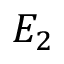
E _ { 2 }